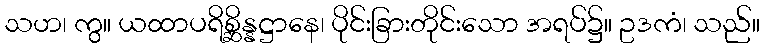
သဟ၊ ကွ။ ယထာပရိစ္ဆိန္နဋ္ဌာနေ၊ ပိုင်းခြားတိုင်းသော အရပ်၌။ ဥဒကံ၊ သည်။